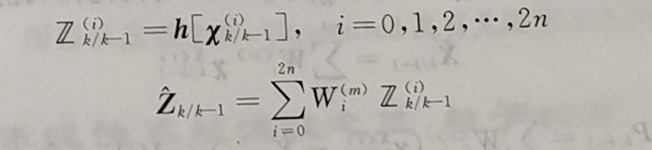
\(\mathbb{Z}_{k / k - 1}^{(i)}&=\boldsymbol{h}\left[\boldsymbol{\chi}_{k / k - 1}^{(i)}\right], \quad i = 0,1,2, \cdots, 2n\)\\
\(\hat{\boldsymbol{Z}}_{k / k - 1}&=\sum_{i = 0}^{2n} \boldsymbol{W}_{i}^{(m)} \mathbb{Z}_{k / k - 1}^{(i)}\)